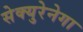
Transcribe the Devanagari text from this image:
सेक्युरेनेगा